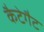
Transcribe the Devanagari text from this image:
कैटेगैट